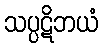
သပ္ပဋိဘယံ